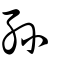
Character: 孫